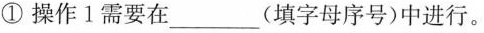
①操作1需要在___(填字母序号)中进行。